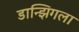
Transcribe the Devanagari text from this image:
डान्झिगला